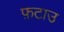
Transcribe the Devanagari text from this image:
फ़टाउ